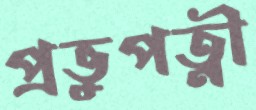
প্রভুপত্নী